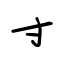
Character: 寸